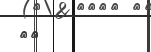
١٩